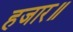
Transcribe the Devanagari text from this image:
हजार॥